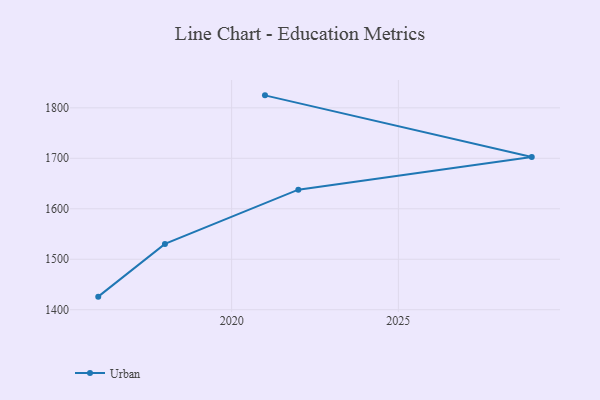
{"axis": {"x": "Year", "y": "Active Users"}, "legend": ["Urban"], "data": [{"x": "2016", "y": 1425.9, "type": "Urban"}, {"x": "2018", "y": 1530.4, "type": "Urban"}, {"x": "2022", "y": 1637.9, "type": "Urban"}, {"x": "2029", "y": 1702.6, "type": "Urban"}, {"x": "2021", "y": 1824.7, "type": "Urban"}]}